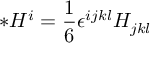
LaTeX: { \ast } H ^ { i } = \frac { 1 } { 6 } \epsilon ^ { i j k l } H _ { j k l }